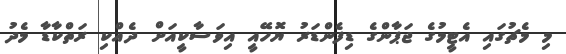
މި މެޗުގައި އެޓީމުގެ ޖަޕާންގެ ޑިފެންޑަރު ޔޮހޭއީ އިވަސާކީއަށް ދެއްކި ރަތްކާޑާ މެދު